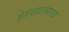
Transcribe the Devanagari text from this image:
हेरखात्याला